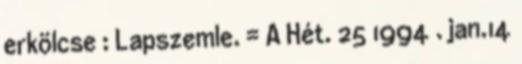
erkölcse : Lapszemle. = A Hét. 25 1994 . jan.14